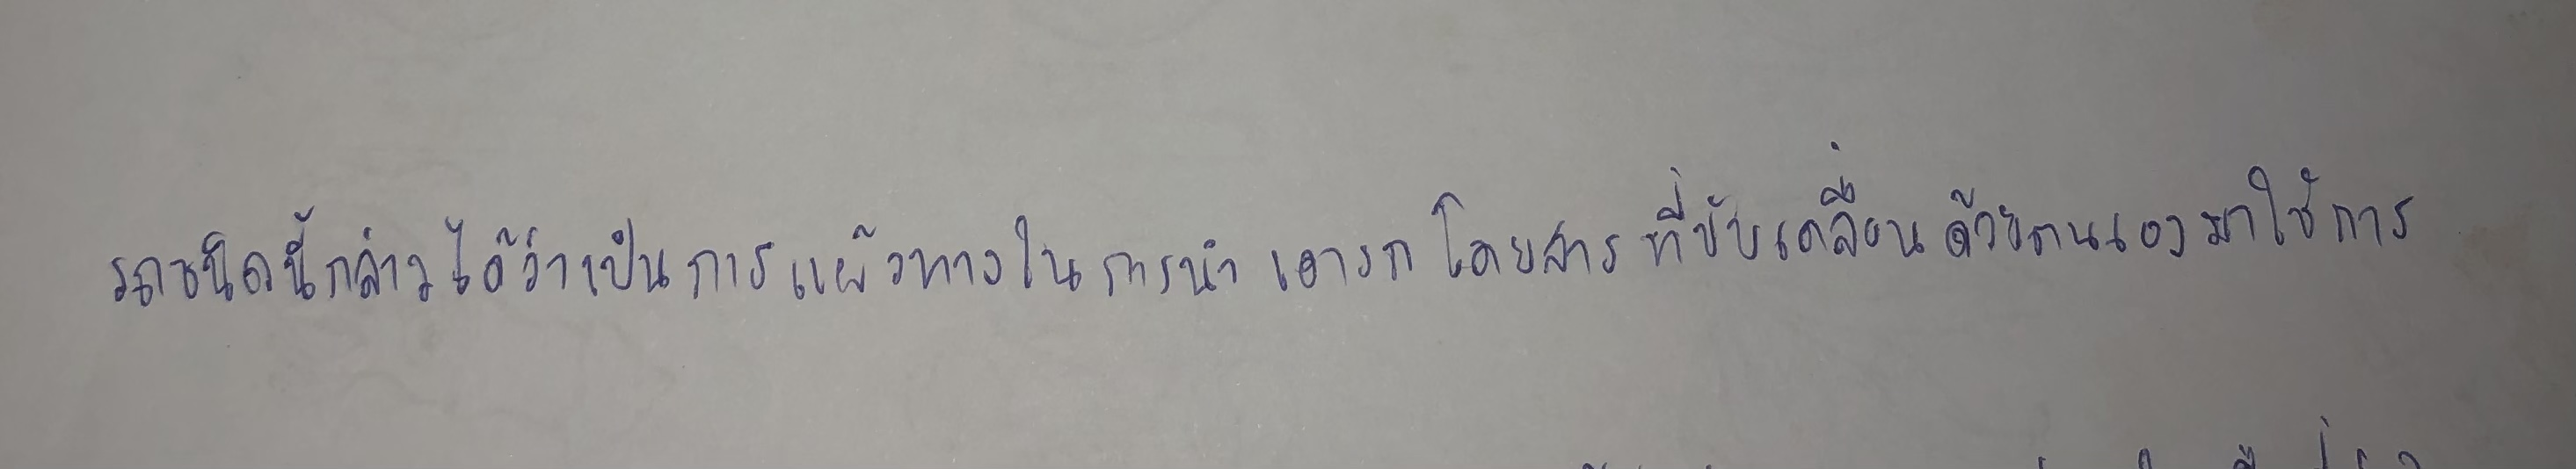
รถชนิดนี้กล่าวได้ว่าเป็นการแผ้วทางในการนำเอารถโดยสารที่ขับเคลื่อนด้วยตนเองมาใช้การ